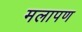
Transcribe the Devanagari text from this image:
मलापण